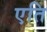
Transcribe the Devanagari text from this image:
एति